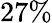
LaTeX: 27\%